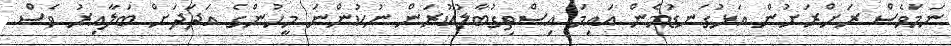
ނަމަވެސް ރަށްރަށުން އަޅުގަނޑުމެން އައިމަ އިސްތިގުބާލުކުރަން ނުކުންނަ މީހުންގެ އަދަދަށް ބަލާއިރު ވެސް